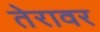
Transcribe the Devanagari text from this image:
तेरावर